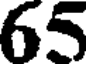
65